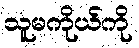
သူမကိုယ်ကို